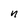
Character: n